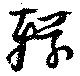
轅